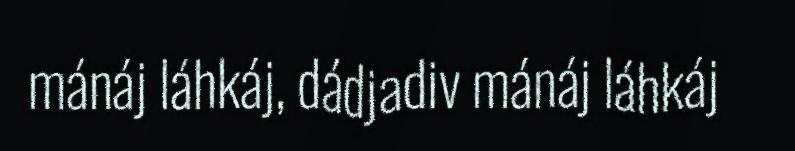
mánáj láhkáj, dádjadiv mánáj láhkáj